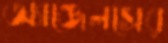
অ্যাঞ্জেলসের